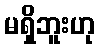
မရှိဘူးဟု